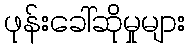
ဖုန်းခေါ်ဆိုမှုများ